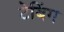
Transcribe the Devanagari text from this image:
टेबिंग